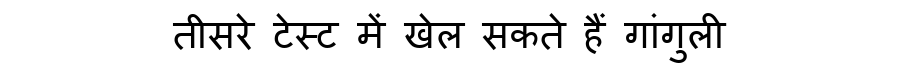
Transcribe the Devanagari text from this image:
तीसरे टेस्ट में खेल सकते हैं गांगुली